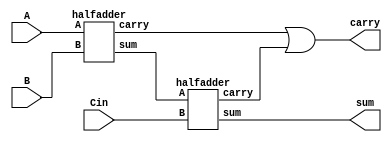
// code for fulladder using halfadder
module fulladder(
  input A,B,Cin,
  output sum,carry
);
  wire X,Y,Z;
  halfadder ha1(.A(A),.B(B),.sum(X),.carry(Y));
  halfadder ha2(.A(X),.B(Cin),.sum(sum),.carry(Z));
  or (carry,Y,Z);
endmodule
module halfadder(
  input A,B,
  output sum,carry);
  xor(sum,A,B);
  and(carry,A,B);
endmodule